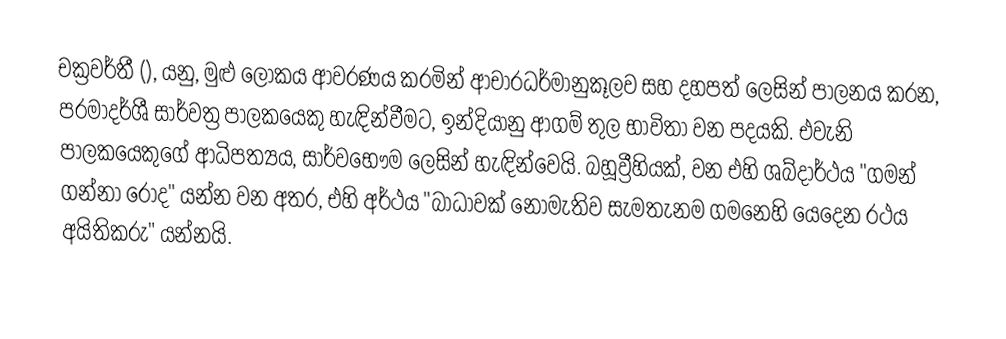
චක්‍රවර්තී (), යනු, මුළු ලෝකය ආවරණය කරමින් ආචාරධර්මානුකූලව සහ දහපත් ලෙසින් පාලනය කරන, පරමාදර්ශී සාර්වත්‍ර පාලකයෙකු හැඳින්වීමට, ඉන්දියානු ආගම් තුල භාවිතා වන පදයකි. එවැනි පාලකයෙකුගේ ආධිපත්‍යය,  සාර්වභෞම ලෙසින් හැඳින්වෙයි. බහූව්‍රීහියක්, වන එහි ශබ්දාර්ථය "ගමන් ගන්නා රෝද" යන්න වන අතර, එහි අර්ථය "බාධාවක් නොමැතිව සැමතැනම ගමනෙහි යෙදෙන රථය අයිතිකරු" යන්නයි.